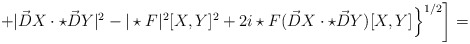
\begin{align*}\left.\left. + |\vec D X \cdot \star \vec D Y|^2 - |\star F|^2 [X,Y]^2+ 2i \star F (\vec D X \cdot \star \vec D Y) [X,Y] \right\}^{1/2} \right] =\end{align*}